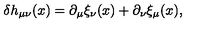
\delta h _ { \mu \nu } ( x ) = \partial _ { \mu } \xi _ { \nu } ( x ) + \partial _ { \nu } \xi _ { \mu } ( x ) ,